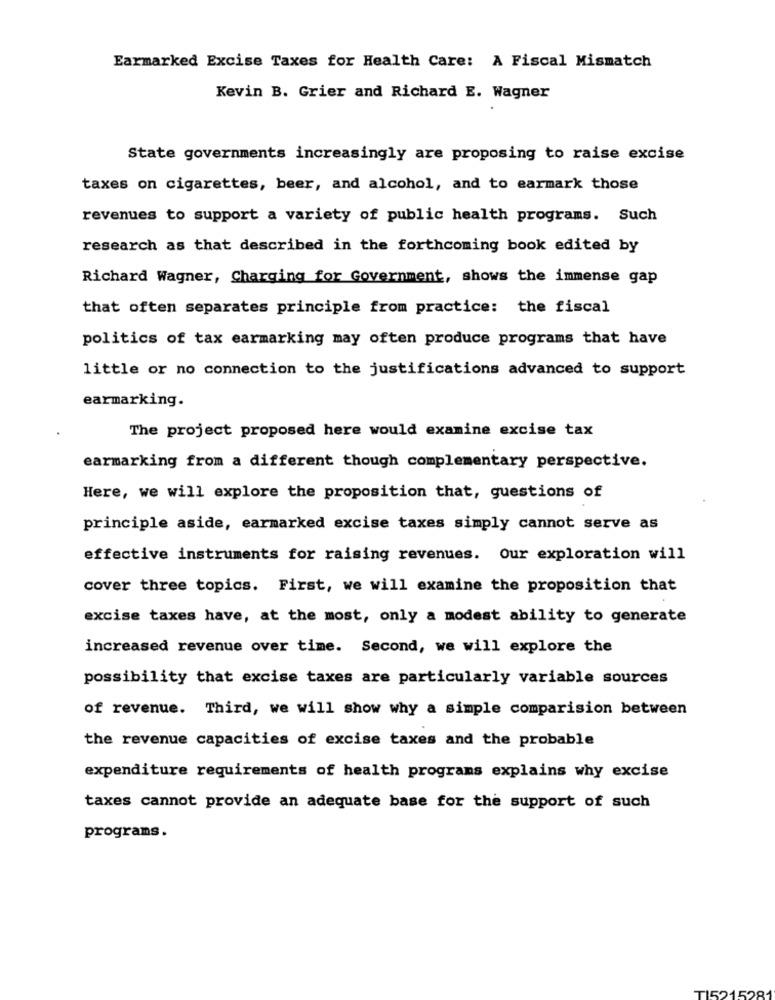
Earmarked Excise Taxes for Health Care: A Fiscal Mismatch
Kevin B. Grier and Richard E. Wagner
State governments increasingly are proposing to raise excise
taxes on cigarettes, beer, and alcohol, and to earmark those
revenues to support a variety of public health programs. Such
research as that described in the forthcoming book edited by
Richard Wagner, Charging for Government, shows the immense gap
that often separates principle from practice: the fiscal
politics of tax earmarking may often produce programs that have
little or no connection to the justifications advanced to support
earmarking.
The project proposed here would examine excise tax
earmarking from a different though complementary perspective.
Here, we will explore the proposition that, questions of
principle aside, earmarked excise taxes simply cannot serve as
effective instruments for raising revenues. Our exploration will
cover three topics. First, we will examine the proposition that
excise taxes have, at the most, only a modest ability to generate
increased revenue over time. Second, we will explore the
possibility that excise taxes are particularly variable sources
of revenue. Third, we will show why a simple comparision between
the revenue capacities of excise taxes and the probable
expenditure requirements of health programs explains why excise
taxes cannot provide an adequate base for the support of such
programs.
TI5215281